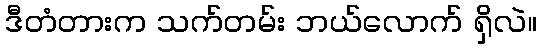
ဒီတံတားက သက်တမ်း ဘယ်လောက် ရှိလဲ။